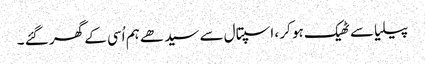
پیلیا سے ٹھیک ہو کر ، اسپتال سے سیدھے ہم اُسی کے گھر گئے ۔